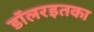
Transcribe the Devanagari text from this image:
डॉलरइतका